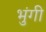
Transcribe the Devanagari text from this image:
भुंगी